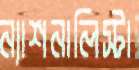
ন্যাশনালিস্টা